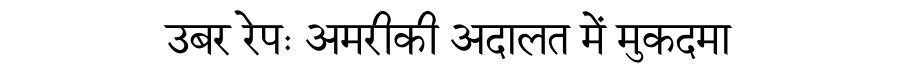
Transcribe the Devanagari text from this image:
उबर रेपः अमरीकी अदालत में मुकदमा